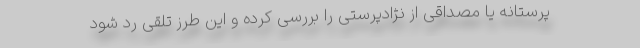
پرستانه یا مصداقی از نژادپرستی را بررسی کرده و این طرز تلقی رد شود